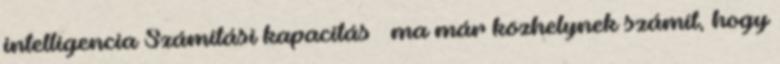
intelligencia Számítási kapacitás – ma már közhelynek számít, hogy